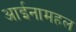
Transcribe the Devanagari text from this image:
आईनामहल